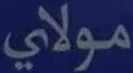
مولاي